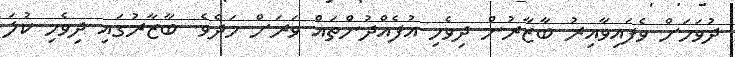
ދުވަހަށް ވެފައިވާއިރު ބާޒާރުން ދިވެހި އުފެއްދުންތައް ވަރަށް މަދެވެ. ބާޒާރުގައި ދިވެހި ކުލަ